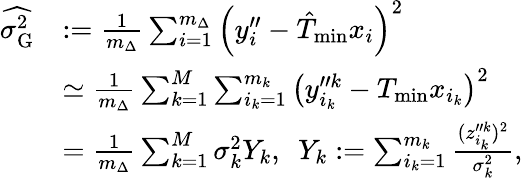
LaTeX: \begin{array}{rl}{\widehat{\sigma_{\mathrm{G}}^{2}}}&{:=\frac{1}{m_{\Delta}}\sum_{i=1}^{m_{\Delta}}\left(y_{i}^{\prime\prime}-\hat{T}_{\mathrm{min}}x_{i}\right)^{2}}\\ &{\simeq\frac{1}{m_{\Delta}}\sum_{k=1}^{M}\sum_{i_{k}=1}^{m_{k}}\left(y_{i_{k}}^{\prime\prime k}-T_{\mathrm{min}}x_{i_{k}}\right)^{2}}\\ &{=\frac{1}{m_{\Delta}}\sum_{k=1}^{M}\sigma_{k}^{2}Y_{k},~~Y_{k}:=\sum_{i_{k}=1}^{m_{k}}\frac{(z_{i_{k}}^{\prime\prime k})^{2}}{\sigma_{k}^{2}},}\end{array}